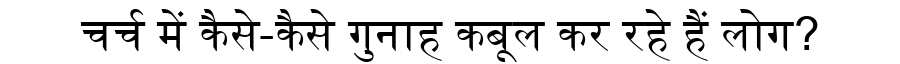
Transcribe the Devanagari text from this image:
चर्च में कैसे-कैसे गुनाह कबूल कर रहे हैं लोग?